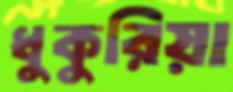
ধুকুরিয়া